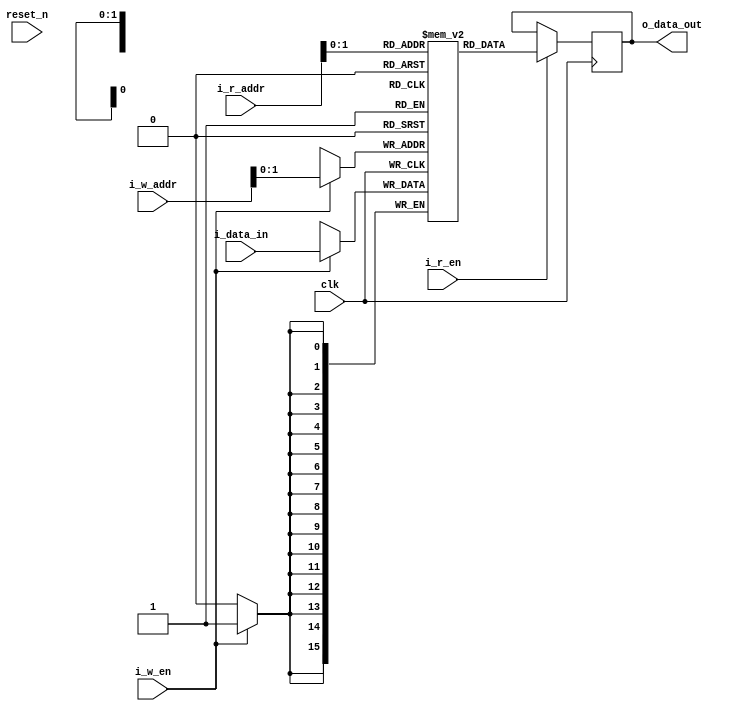
module memory #(parameter MEM_DEPTH=3, ADDR_WIDTH=10, DATA_WIDTH=16, INIT_FILE="w_1_15.mif")(
    input clk,
    input reset_n,
    input i_w_en,
    input i_r_en,
    input [ADDR_WIDTH-1:0] i_w_addr,
    input [ADDR_WIDTH-1:0] i_r_addr,
    input [DATA_WIDTH-1:0] i_data_in,
    output reg [DATA_WIDTH-1:0] o_data_out);
     
    reg [DATA_WIDTH-1:0] mem[MEM_DEPTH-1:0];
    
    `ifdef PRE_TRAINED
        initial
        begin
            $readmemb(INIT_FILE,mem);
        end    
    `else
        always@(posedge clk)
        begin
            if(i_w_en)
            begin
                mem[i_w_addr]<=i_data_in;
            end
        end
    `endif
    always @(posedge clk)
    begin
        if(i_r_en)
        begin
            o_data_out <= mem[i_r_addr];
        end
    end
endmodule